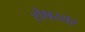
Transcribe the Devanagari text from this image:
शेषय्यर